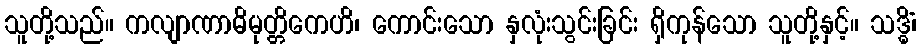
သူတို့သည်။ ကလျာဏာဓိမုတ္တိကေဟိ၊ ကောင်းသော နှလုံးသွင်းခြင်း ရှိကုန်သော သူတို့နှင့်။ သဒ္ဓိံ၊